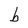
Character: b